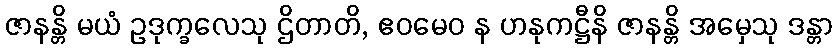
ဇာနန္တိ မယံ ဥဒုက္ခလေသု ဌိတာတိ, ဧဝမေဝ န ဟနုကဋ္ဌီနိ ဇာနန္တိ အမှေသု ဒန္တာ